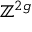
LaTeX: \mathbb { Z } ^ { 2 g }